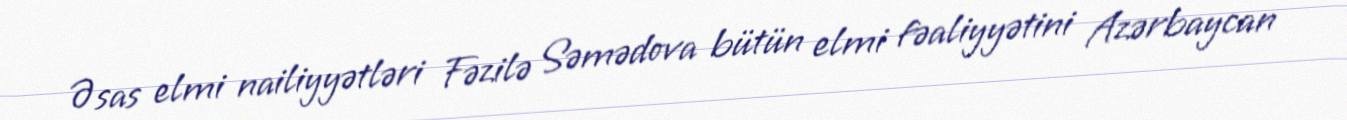
Əsas elmi nailiyyətləri Fəzilə Səmədova bütün elmi fəaliyyətini Azərbaycan